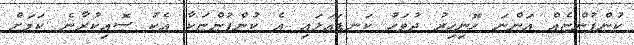
ކުންފުންޏެއް އަންނަ ހޮނިހިރު ދުވަހު ކަނޑައަޅައި އެ ކުންފުންޏަކާ އެކު ސޮއިކުރާނެ ކަމަށް